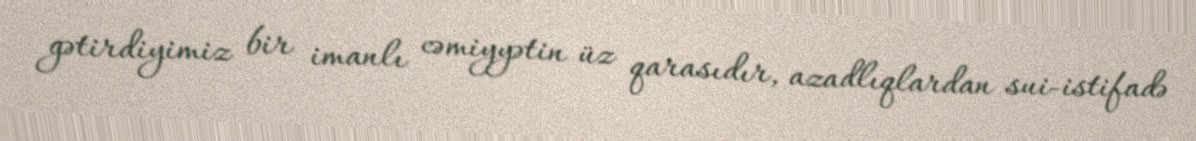
gətirdiyimiz bir imanlı cəmiyyətin üz qarasıdır, azadlıqlardan sui-istifadə